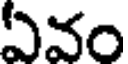
ఏవం